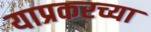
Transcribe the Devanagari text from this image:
याप्रकरच्या